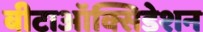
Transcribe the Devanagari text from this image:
बीटाऑक्सिडेशन